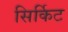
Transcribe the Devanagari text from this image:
सिर्किट